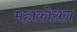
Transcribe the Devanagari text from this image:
महाकोसल